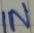
Text: IN